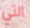
التي